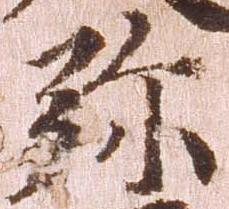
弥